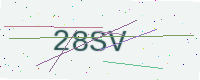
Text: 28SV